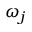
\omega _ { j }